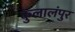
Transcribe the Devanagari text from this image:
कुलालंपुर